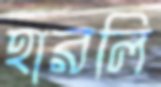
হারলি